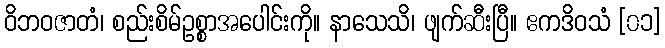
ဝိဘဝဇာတံ၊ စည်းစိမ်ဥစ္စာအပေါင်းကို။ နာသေသိ၊ ဖျက်ဆီးပြီ။ ဧကဒိဝသံ [၀၁]